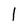
Character: 1